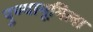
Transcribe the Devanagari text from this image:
पुण्याभूमिला